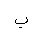
Letter: _ba